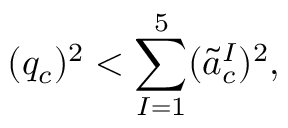
( q _ { c } ) ^ { 2 } < \sum _ { I = 1 } ^ { 5 } ( \tilde { a } _ { c } ^ { I } ) ^ { 2 } ,